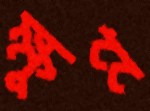
ক্ষুণ্ণ